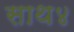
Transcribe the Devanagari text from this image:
साथ४